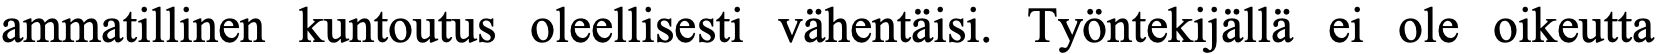
ammatillinen kuntoutus oleellisesti vähentäisi. Työntekijällä ei ole oikeutta